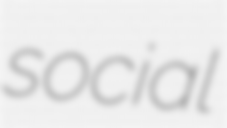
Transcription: social